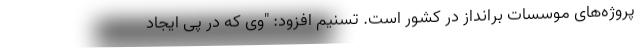
پروژه‌های موسسات برانداز در کشور است. تسنیم افزود: "وی که در پی ایجاد